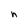
Character: h